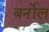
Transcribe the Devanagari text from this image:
बर्नोल